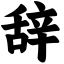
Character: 辞